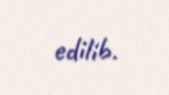
edilib.